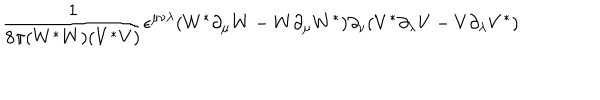
\frac { 1 } { 8 \pi ( W ^ { * } W ) ( V ^ { * } V ) } \epsilon ^ { \mu \nu \lambda } ( W ^ { * } \partial _ { \mu } W - W \partial _ { \mu } W ^ { * } ) \partial _ { \nu } ( V ^ { * } \partial _ { \lambda } V - V \partial _ { \lambda } V ^ { * } )